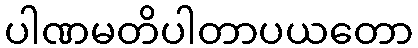
ပါဏမတိပါတာပယတော